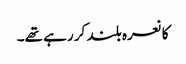
کا نعرہ بلند کر رہے تھے۔